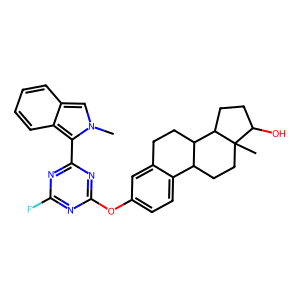
SMILES: Cn1cc2ccccc2c1-c1nc(F)nc(Oc2ccc3c(c2)CCC2C3CCC3(C)C(O)CCC23)n1
Inhibits HIV replication: No